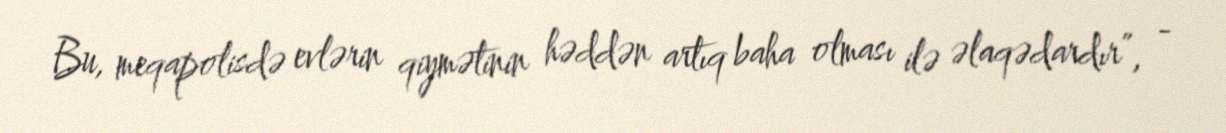
Bu, meqapolisdə evlərin qiymətinin həddən artıq baha olması ilə əlaqədardır”, -